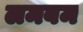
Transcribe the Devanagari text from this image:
लमबम